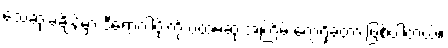
သေဆုံးခဲ့ချိန်မှာ ဒီရောဂါပိုးကို ပထမဆုံးအကြိမ် တွေ့ရှိခဲ့တာ ဖြစ်ပါတယ်။